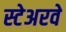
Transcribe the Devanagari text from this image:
स्टेअरवे